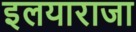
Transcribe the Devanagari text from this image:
इलयाराजा